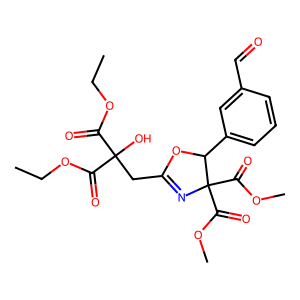
SMILES: CCOC(=O)C(O)(CC1=NC(C(=O)OC)(C(=O)OC)C(c2cccc(C=O)c2)O1)C(=O)OCC
Inhibits HIV replication: No